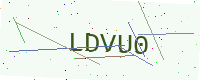
Text: LDVU0